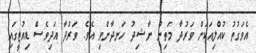
އެވަގުތު ކުއްލިއަކަށް ވަރުދާ މަތިން ނާޝިދު ހަނދާންވި އެވެ. ވަރުދާ އަދިވެސް ޑިއުޓީގައި